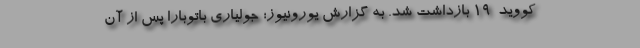
کووید-۱۹ بازداشت شد. به گزارش یورونیوز؛ جولیاری باتوبارا پس از آن